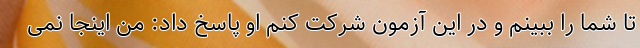
تا شما را ببینم و در این آزمون شرکت کنم او پاسخ داد: من اینجا نمی